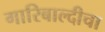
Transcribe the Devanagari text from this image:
गारिबाल्दीचा